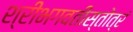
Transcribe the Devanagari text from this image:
श्रीभगवतीस्तोत्रं